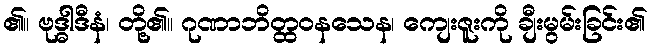
၏။ ဗုဒ္ဓါဒီနံ၊ တို့၏။ ဂုဏာဘိတ္ထဝနသေန၊ ကျေးဇူးကို ချီးမွမ်းခြင်း၏